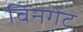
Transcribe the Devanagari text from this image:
विनगेट